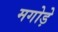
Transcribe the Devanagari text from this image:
मगोड़े